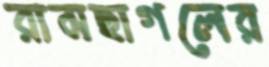
রামছাগলের